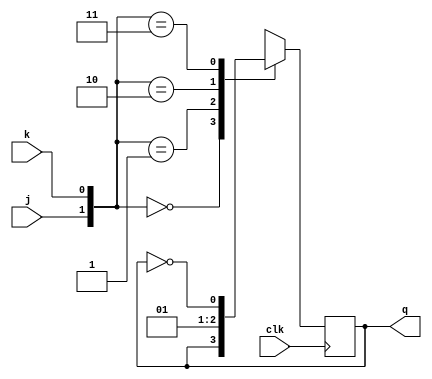
`timescale 1ns / 1ps
module jkflipflop (j, k, clk, q);
input j, k, clk;
output reg q;  
  
   always @ (posedge clk)  
      case ({j,k})  
         2'b00 :  q <= q;  
         2'b01 :  q <= 0;  
         2'b10 :  q <= 1;  
         2'b11 :  q <= ~q;  
      endcase  
endmodule